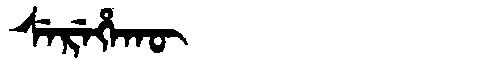
Manchu: ᠰᡝᡵᡝᡥᠠᡴᡡ
Romanization: SEREHAKŪ